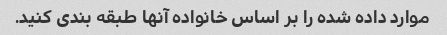
موارد داده شده را بر اساس خانواده آنها طبقه بندی کنید.